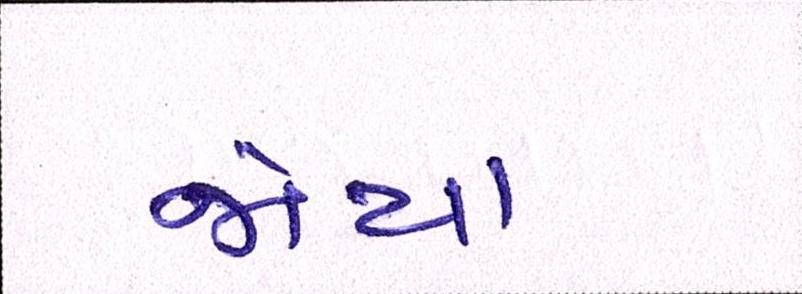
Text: જોયા